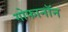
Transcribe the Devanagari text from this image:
गोफानॉन